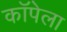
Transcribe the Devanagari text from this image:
कॉपेला